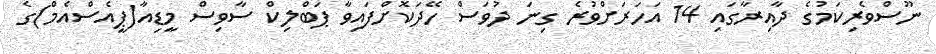
ނޫސްވެރިކަމުގެ ދާއިރާގައި 14 އަހަރަށްވުރެ ގިނަ ދުވަސް ހޭދަކޮށްފައިވާ ޕަބްލިކް ސާވިސް މީޑިއާ(ޕީއެސްއެމް)ގެ